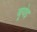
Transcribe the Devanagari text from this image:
बूयेइ